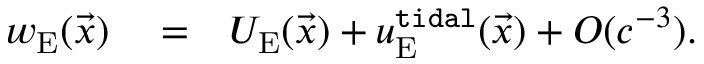
\begin{array} { r l r } { w _ { \mathrm { E } } ( \vec { x } ) } & { { } = } & { U _ { \mathrm { E } } ( \vec { x } ) + u _ { \mathrm { E } } ^ { \tt t i d a l } ( \vec { x } ) + { \cal O } ( c ^ { - 3 } ) . ~ ~ ~ } \end{array}